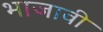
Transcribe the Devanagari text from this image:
भाजावी